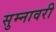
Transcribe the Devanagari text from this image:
सुम्नावरी